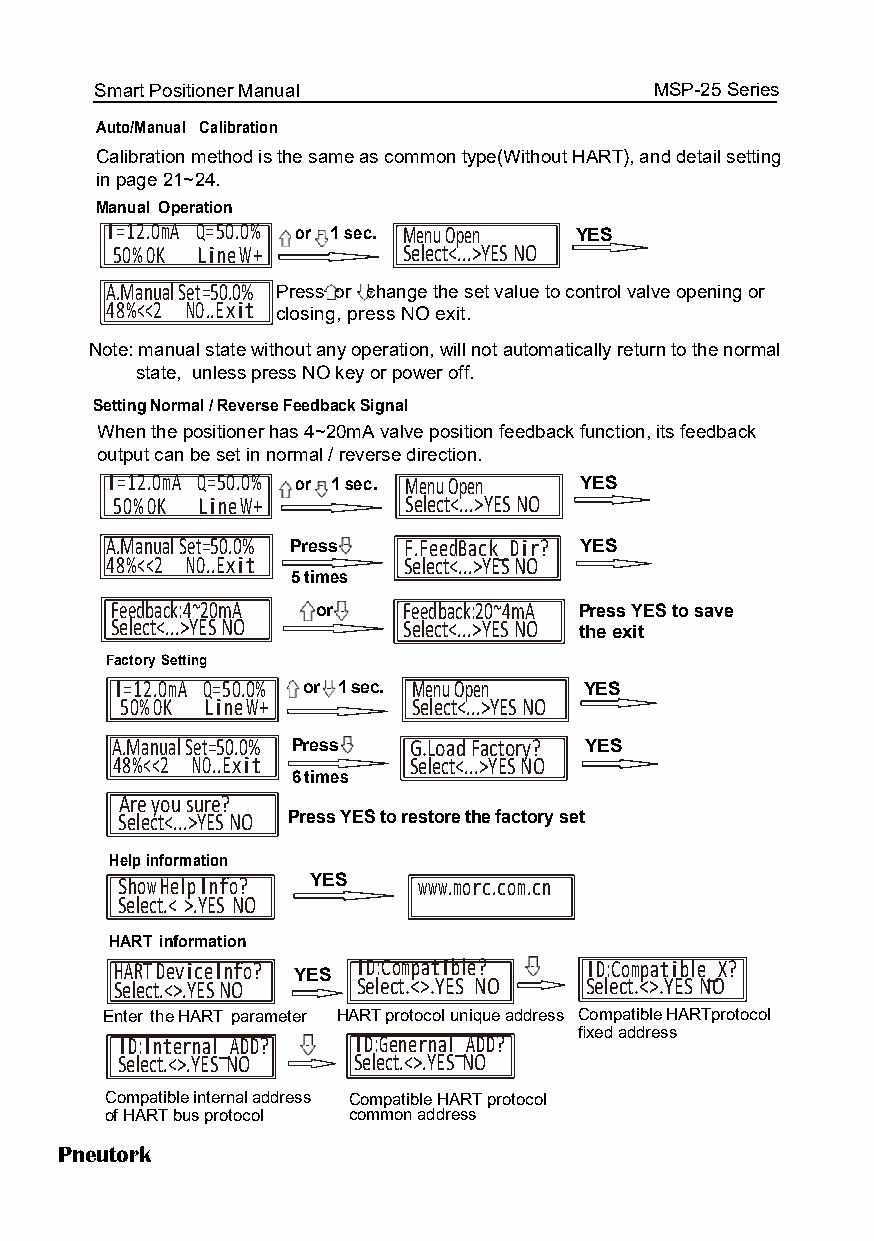
Smart Positioner Manual              MSP-25 Series
 Auto/Manual Calibration
 CCaalliibbrraattiioonn mmeetthhoodd iiss tthhee ssaammee aass ccoommmmoonn ttyyppee((WWiitthhoouutt HHAARRTT)),, aanndd ddeettaaiill sseettttiinngg
 in page 21~24.
 Manual Operation
 I=12.0mA Q=50.0% or - 1 sec. Menu Open YES
 50% OK Line W+      Select<...>YES NO
 A.Manual Set=50.0% Press or - change the set value ttoo ccoonnttrrooll vvaallvvee ooppeenniinngg oorr
 48%<<2 NO..Exit closing, press NO exit.
 NNoottee:: mmaannuuaall ssttaattee wwiitthhoouutt aannyy ooppeerraattiioonn,, wwiillll nnoott aauuttoommaattiiccaallllyy rreettuurrnn ttoo tthhee nnoorrmmaall
 state, unless press NO key or power off.
 Setting Normal / Reverse Feedback Signal
 WWhheenn tthhee ppoossiittiioonneerr hhaass 44~~2200mmAA vvaallvvee ppoossiittiioonn ffeeeeddbbaacckk ffuunnccttiioonn,, iittss ffeeeeddbbaacckk
 output can be set in normal / reverse direction.
 I=12.0mA Q=50.0% or - 1 sec. Menu Open YES
 50% OK Line W+     Select<...>YES NO
 A.Manual Set=50.0% Press - F.FeedBack_Dir? YES
 48%<<2 NO..Exit     Select<...>YES NO
 5 times
 Feedback:4~20mA or - Feedback:20~4mA PPrreessss YYEESS ttoo ssaavvee
 Select<...>YES NO   Select<...>YES NO the eexxiitt
 Factory Setting
 I=12.0mA Q=50.0% or - 1 sec. Menu Open YES
 50% OK Line W+     Select<...>YES NO
 A.Manual Set=50.0% Press - G.Load Factory? YES
 48%<<2 NO..Exit     Select<...>YES NO
 6 times
 Are you sure?
 Select<...>YES NO Press YES to restore the factory set
 Help information
 Show Help Info? YES www.morc.com.cn
 Select.< >.YES NO
 HART information
 HART DeviceInfo? YES ID:Compatible? - ID:Commpatible_X?
 Select.<>.YES NO Select.<>.YES NO SSeelleecctt..<<>>..YYEESS NO
 Enter the HART parameter HART protocol unique address CCoommppaattiibbllee HARTprotocol
 fixed aaddddrreessss
 SI eD l: eI cn tt .<e >r .Yn Ea Sl _ NA ODD ? - SI eD l: eG ce tn .<e >r .Yn Ea Sl _ NA ODD ?
 Compatible internal address Compatible HART protocol
 of HART bus protocol common address
 Pneutork